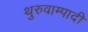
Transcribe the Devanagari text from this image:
थुरुवाम्पादी